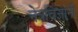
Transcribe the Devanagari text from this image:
नेत्रविज्ञानी